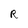
Character: R